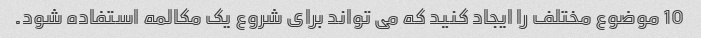
10 موضوع مختلف را ایجاد کنید که می تواند برای شروع یک مکالمه استفاده شود.